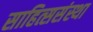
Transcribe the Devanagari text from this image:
साहित्ससंस्था